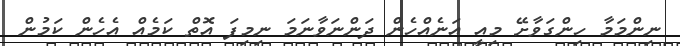
ނިންމަމާ ހިންގަވާށޭ މިއީ އަނެއްހެން ދަންނަވާނަމަ ނިމިފަ އޮތް ކަމެއް އެހެން ކަމުން